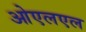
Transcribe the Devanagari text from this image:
ओएलएल